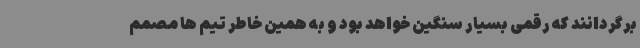
برگردانند که رقمی بسیار سنگین خواهد بود و به همین خاطر تیم ها مصمم